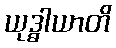
ယုဒ္ဓါယာတိ